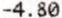
-4.80